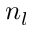
n _ { l }